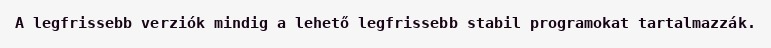
A legfrissebb verziók mindig a lehető legfrissebb stabil programokat tartalmazzák.